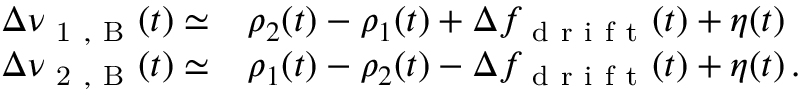
\begin{array} { r l } { \Delta \nu _ { \mathrm { ~ 1 ~ , ~ B ~ } } ( t ) \simeq } & { { } \rho _ { 2 } ( t ) - \rho _ { 1 } ( t ) + \Delta f _ { \mathrm { ~ d ~ r ~ i ~ f ~ t ~ } } ( t ) + \eta ( t ) } \\ { \Delta \nu _ { \mathrm { ~ 2 ~ , ~ B ~ } } ( t ) \simeq } & { { } \rho _ { 1 } ( t ) - \rho _ { 2 } ( t ) - \Delta f _ { \mathrm { ~ d ~ r ~ i ~ f ~ t ~ } } ( t ) + \eta ( t ) \, . } \end{array}